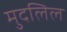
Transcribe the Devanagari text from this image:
मुदलिल